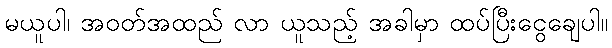
မယူပါ၊ အဝတ်အထည် လာ ယူသည့် အခါမှာ ထပ်ပြီးငွေချေပါ။